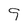
Character: 9